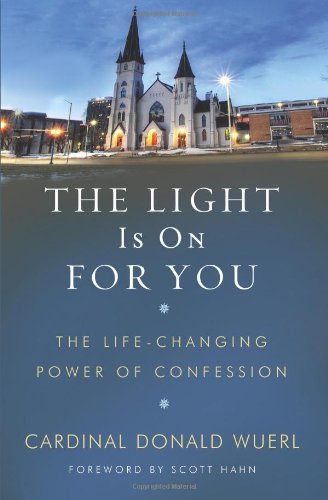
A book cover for The Light Is On For You: The Life-Changing Power of Confession; Donald; Christian Books & Bibles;